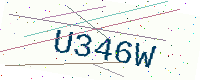
Text: U346W